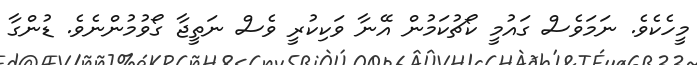
މީހެކެވެ. ނަމަވެސް ގައުމީ ކޯޗުކަމުން އޭނާ ވަކިކުރީ ވެސް ނަތީޖާ ގޯވުމުންނެވެ. ޑުންގާ